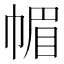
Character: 𢃼